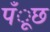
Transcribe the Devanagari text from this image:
पँूछ